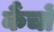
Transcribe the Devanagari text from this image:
कैंचों